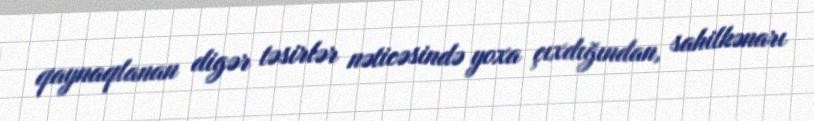
qaynaqlanan digər təsirlər nəticəsində yoxa çıxdığından, sahilkənarı